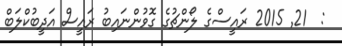
:  21